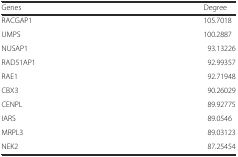
| Genes | Degree |
 | --- | --- |
 | RACGAP1 | 105.7018 |
 | UMPS | 100.2887 |
 | NUSAP1 | 93.13226 |
 | RAD51AP1 | 92.99357 |
 | RAE1 | 92.71948 |
 | CBX3 | 90.26029 |
 | CENPL | 89.92775 |
 | IARS | 89.0546 |
 | MRPL3 | 89.03123 |
 | NEK2 | 87.25454 |